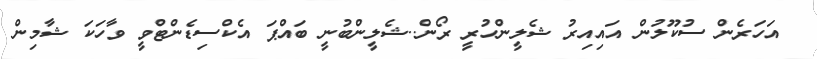
އަހަރެން ސުކޫލުން އައިއިރު ޝެލީންހުރީ ރޯން..ޝެލީންބުނީ ބައްޕަ އެކްސިޑެންޓްވީ ވާހަކަ ޝާމިން